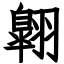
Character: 翺